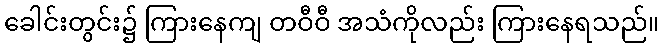
ခေါင်းတွင်း၌ ကြားနေကျ တဝီဝီ အသံကိုလည်း ကြားနေရသည်။